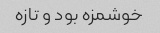
خوشمزه بود و تازه